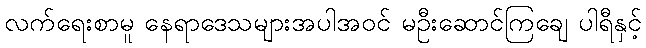
လက်ရေးစာမူ နေရာဒေသများအပါအဝင် မဦးဆောင်ကြချေ ပါရီနှင့်